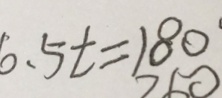
6 . 5 t = 1 8 0 ^ { \cdot }